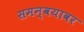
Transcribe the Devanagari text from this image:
समन्वयावर